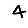
Digit: 4